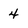
Character: 4